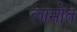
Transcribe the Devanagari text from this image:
लामोत